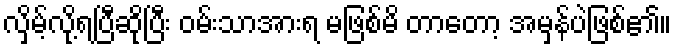
လှိမ့်လို့ရပြီဆိုပြီး ဝမ်းသာအားရ မဖြစ်မိ တာတော့ အမှန်ပဲဖြစ်၏။